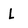
Character: L